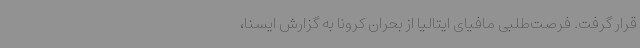
قرار گرفت. فرصت‌طلبی مافیای ایتالیا از بحران کرونا به گزارش ایسنا،